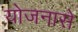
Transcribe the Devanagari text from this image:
योजनासे